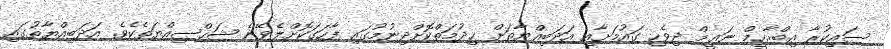
ސައިކުރާ އިބްރާހީމް ނަޢީމް ދިވެހި ގައުމަށާއި އަދަބިއްޔާތަށް ޚިދުމަތްކޮށްދިނުމުގައި ފާހަގަކޮށްލެވޭނެ ޝަޚްޞިއްޔަތެކެވެ. އަދަބިއްޔާތުގައި